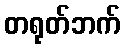
တရုတ်ဘက်